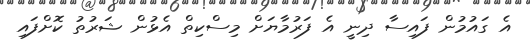
އެ ގައުމުން ފައިސާ ދިނީ އެ ފަރުމާޔަށް މިސްކިތް އެޅުން ޝަރުތު ކޮށްފައި